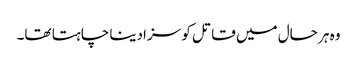
وہ ہر حال میں قاتل کو سزادینا چاہتا تھا۔